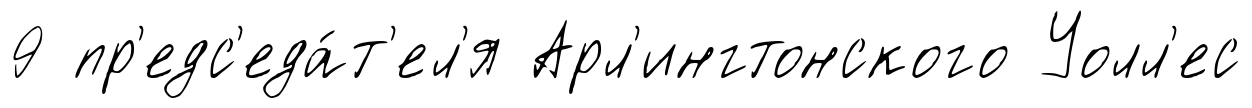
9 пр'едс'еда́т'ел'я Арл'ингтонского Уолл'ес